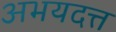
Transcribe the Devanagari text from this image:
अभयदत्त